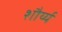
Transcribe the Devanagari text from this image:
शौर्य्य